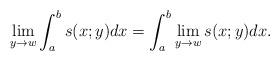
LaTeX: \begin{align*}\lim_{y \rightarrow w}\int_a^b s(x;y)dx = \int_a^b \lim_{y \rightarrow w} s(x;y)dx .\end{align*}